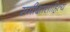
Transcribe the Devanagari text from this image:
समीक्षासाहित्य